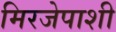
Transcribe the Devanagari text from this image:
मिरजेपाशी